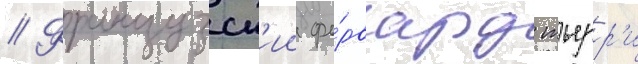
// Французск'ии фо́рвард тьерр'и